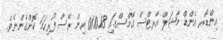
އިންޑޯރ އެންޑް މާޝަލް އާރޓްސް ގޭމްސްގައި 01.10.13 އިން ރޭސް ފުރިހަމަ ކޮށްގެންނެވެ.